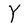
Character: Y